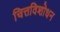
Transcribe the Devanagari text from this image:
चित्तविशोधन